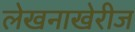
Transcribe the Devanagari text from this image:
लेखनाखेरीज